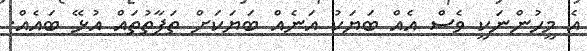
އެ މީހުންނަކީ ވެސް އެއް ބަޔަކު އަނެއް ބަޔަކަށް ތަފާތުތައް އުޅޭ ބައެއް.